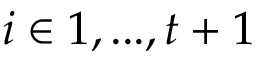
i \in { 1 , . . . , t + 1 }